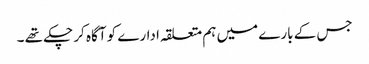
جس کے بارے میں ہم متعلقہ ادارے کو آگاہ کر چکے تھے ۔